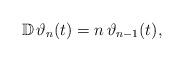
LaTeX: \begin{align*}\mathbb D \, \vartheta_{n}(t) = n \, \vartheta_{n-1}(t) ,\end{align*}